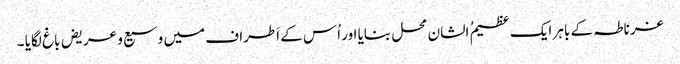
غرناطہ کے باہر ایک عظیمُ الشان محل بنایا اور اُس کے اَطراف میں وسیع و عریض باغ لگایا ۔